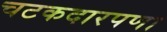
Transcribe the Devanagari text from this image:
चटकदारपणा